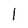
Character: l